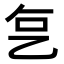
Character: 𬼟